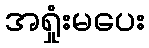
အရှုံးမပေး